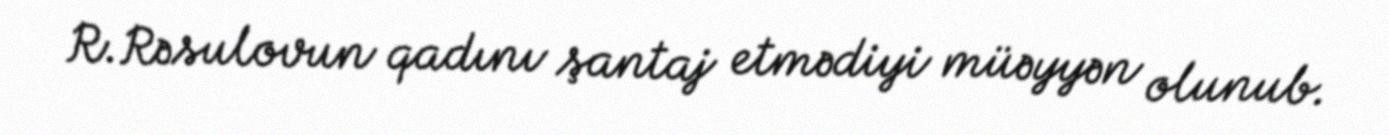
R.Rəsulovun qadını şantaj etmədiyi müəyyən olunub.